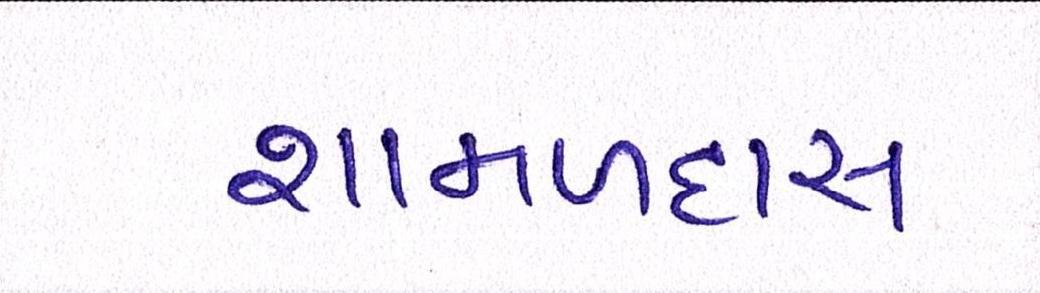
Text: શામળદાસ